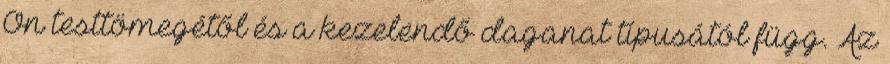
Ön testtömegétől és a kezelendő daganat típusától függ. Az